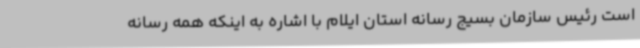
است رئیس سازمان بسیج رسانه استان ایلام با اشاره به اینکه همه رسانه